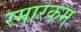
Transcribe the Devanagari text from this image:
स्मारकम